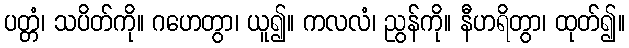
ပတ္တံ၊ သပိတ်ကို။ ဂဟေတွာ၊ ယူ၍။ ကလလံ၊ ညွန်ကို။ နီဟရိတွာ၊ ထုတ်၍။